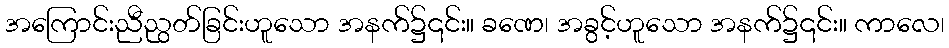
အကြောင်းညီညွတ်ခြင်းဟူသော အနက်၌၎င်း။ ခဏေ၊ အခွင့်ဟူသော အနက်၌၎င်း။ ကာလေ၊